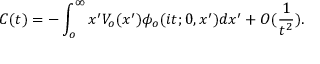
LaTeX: C ( t ) = - \int _ { o } ^ { \infty } x ^ { \prime } V _ { o } ( x ^ { \prime } ) \phi _ { o } ( i t ; 0 , x ^ { \prime } ) d x ^ { \prime } + O ( \frac { 1 } { t ^ { 2 } } ) .